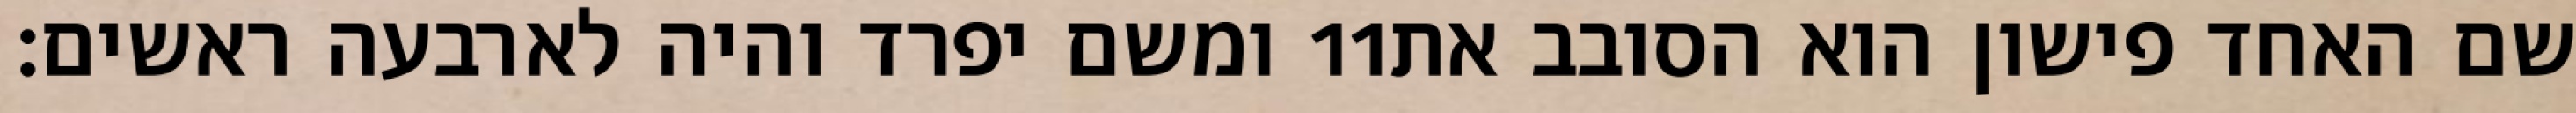
ומשם יפרד והיה לארבעה ראשים׃ ‎11‏ שם האחד פישון הוא הסובב את